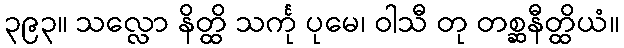
၃၉၃။ သလ္လော နိတ္ထိ သင်္ကု ပုမေ၊ ဝါသီ တု တစ္ဆနီတ္ထိယံ။